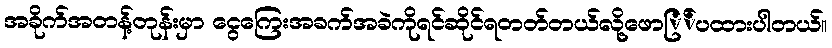
အခိုက်အတန့်တုန်းမှာ ငွေကြေးအခက်အခဲကိုရင်ဆိုင်ရတတ်တယ်လို့ဖောြ်ပထားပါတယ်။